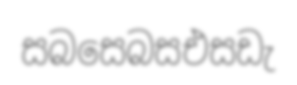
සබසෙබසඑසඩැ